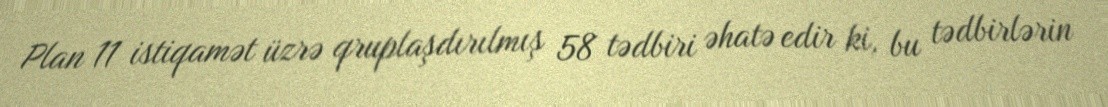
Plan 11 istiqamət üzrə qruplaşdırılmış 58 tədbiri əhatə edir ki, bu tədbirlərin